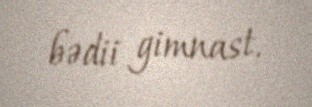
bədii gimnast.